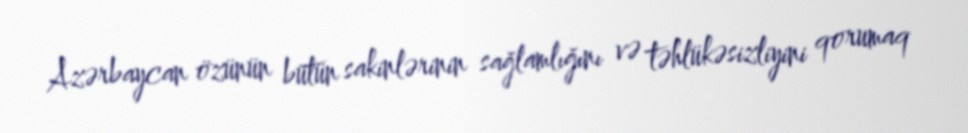
Azərbaycan özünün bütün sakinlərinin sağlamlığını və təhlükəsizliyini qorumaq